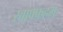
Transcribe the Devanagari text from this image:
स्वाफ्फहम